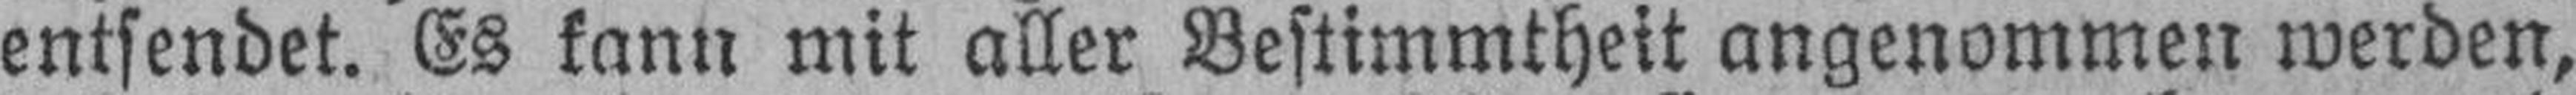
entsendet. Es kann mit aller Bestimmtheit angenommen werden,